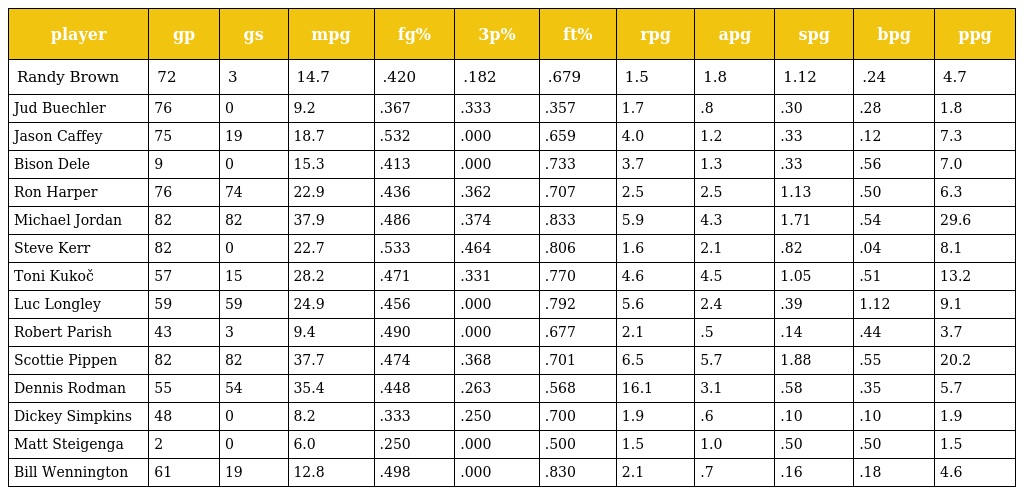
| player | gp | gs | mpg | fg% | 3p% | ft% | rpg | apg | spg | bpg | ppg |
 | --- | --- | --- | --- | --- | --- | --- | --- | --- | --- | --- | --- |
 | Randy Brown | 72 | 3 | 14.7 | .420 | .182 | .679 | 1.5 | 1.8 | 1.12 | .24 | 4.7 |
 | Jud Buechler | 76 | 0 | 9.2 | .367 | .333 | .357 | 1.7 | .8 | .30 | .28 | 1.8 |
 | Jason Caffey | 75 | 19 | 18.7 | .532 | .000 | .659 | 4.0 | 1.2 | .33 | .12 | 7.3 |
 | Bison Dele | 9 | 0 | 15.3 | .413 | .000 | .733 | 3.7 | 1.3 | .33 | .56 | 7.0 |
 | Ron Harper | 76 | 74 | 22.9 | .436 | .362 | .707 | 2.5 | 2.5 | 1.13 | .50 | 6.3 |
 | Michael Jordan | 82 | 82 | 37.9 | .486 | .374 | .833 | 5.9 | 4.3 | 1.71 | .54 | 29.6 |
 | Steve Kerr | 82 | 0 | 22.7 | .533 | .464 | .806 | 1.6 | 2.1 | .82 | .04 | 8.1 |
 | Toni Kukoč | 57 | 15 | 28.2 | .471 | .331 | .770 | 4.6 | 4.5 | 1.05 | .51 | 13.2 |
 | Luc Longley | 59 | 59 | 24.9 | .456 | .000 | .792 | 5.6 | 2.4 | .39 | 1.12 | 9.1 |
 | Robert Parish | 43 | 3 | 9.4 | .490 | .000 | .677 | 2.1 | .5 | .14 | .44 | 3.7 |
 | Scottie Pippen | 82 | 82 | 37.7 | .474 | .368 | .701 | 6.5 | 5.7 | 1.88 | .55 | 20.2 |
 | Dennis Rodman | 55 | 54 | 35.4 | .448 | .263 | .568 | 16.1 | 3.1 | .58 | .35 | 5.7 |
 | Dickey Simpkins | 48 | 0 | 8.2 | .333 | .250 | .700 | 1.9 | .6 | .10 | .10 | 1.9 |
 | Matt Steigenga | 2 | 0 | 6.0 | .250 | .000 | .500 | 1.5 | 1.0 | .50 | .50 | 1.5 |
 | Bill Wennington | 61 | 19 | 12.8 | .498 | .000 | .830 | 2.1 | .7 | .16 | .18 | 4.6 |